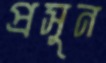
প্রসুন